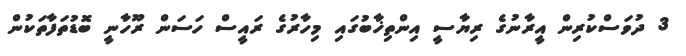
3 ދުވަަސްކުރިން އީރާނުގެ ރިޔާސީ އިންތިޚާބުގައި މިހާރުގެ ރައީީސް ހަސަން ރޫހާނީ ބޮޑުތަފާތަކުން